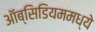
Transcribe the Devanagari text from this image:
ऑब्सिडियममध्ये